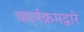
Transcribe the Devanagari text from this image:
कार्यक्रमद्वारे